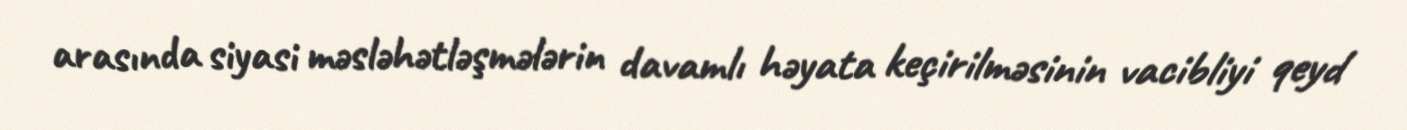
arasında siyasi məsləhətləşmələrin davamlı həyata keçirilməsinin vacibliyi qeyd